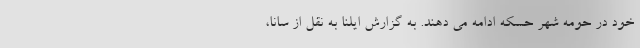
خود در حومه شهر حسکه ادامه می دهند. به گزارش ایلنا به نقل از سانا،